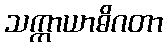
သက္ကာယာဓိဂတာ